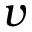
v